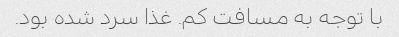
با توجه به مسافت کم. غذا سرد شده بود.